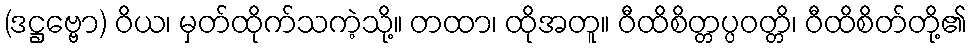
(ဒဋ္ဌဗ္ဗော) ဝိယ၊ မှတ်ထိုက်သကဲ့သို့။ တထာ၊ ထိုအတူ။ ဝီထိစိတ္တပ္ပဝတ္တိ၊ ဝီထိစိတ်တို့၏